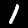
Label: 1